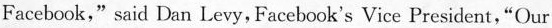
Facebook," said Dan Levy, Facebook's Vice President,"Our